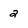
Character: 2